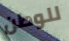
للوطن